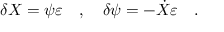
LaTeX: \delta X = \psi \varepsilon \quad , \quad \delta \psi = - \dot { X } \varepsilon \quad .